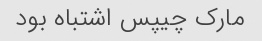
مارک چیپس اشتباه بود